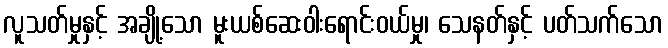
လူသတ်မှုနှင့် အချို့သော မူးယစ်ဆေးဝါးရောင်းဝယ်မှု၊ သေနတ်နှင့် ပတ်သက်သော